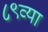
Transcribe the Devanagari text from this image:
८९व्या